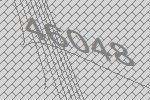
46048